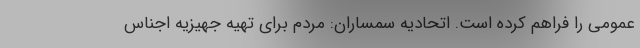
عمومی را فراهم کرده است. اتحادیه سمساران: مردم برای تهیه جهیزیه اجناس